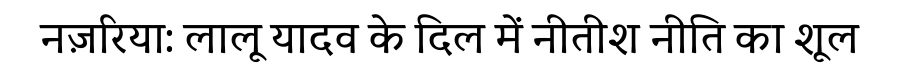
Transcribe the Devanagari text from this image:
नज़रिया: लालू यादव के दिल में नीतीश नीति का शूल